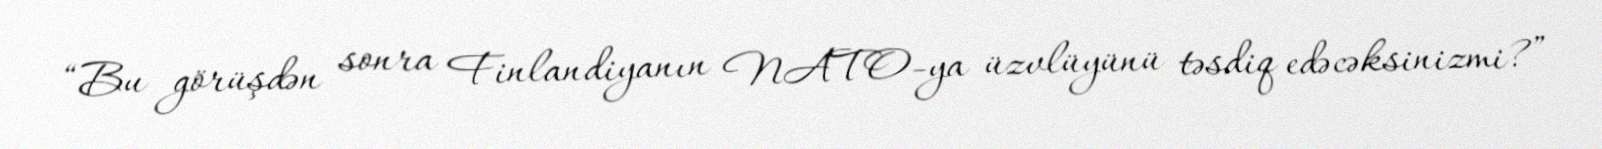
“Bu görüşdən sonra Finlandiyanın NATO-ya üzvlüyünü təsdiq edəcəksinizmi?”